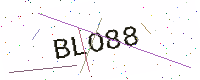
Text: BLO88